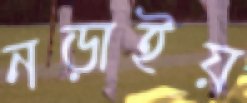
নড়াইয়